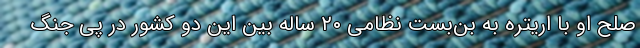
صلح او با اریتره به بن‌بست نظامی ۲۰ ساله بین این دو کشور در پی جنگ